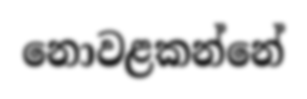
නොවළකන්නේ